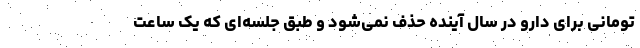
تومانی برای دارو در سال آینده حذف نمی‌‌شود و طبق جلسه‌‌ای که یک ساعت